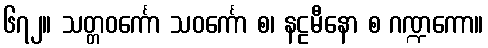
၆၇၂။ သတ္တဝင်္ကော သဝင်္ကော စ၊ နဠမီနော စ ဂဏ္ဍကော။